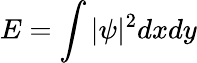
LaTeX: E=\int|\psi|^{2}dxdy